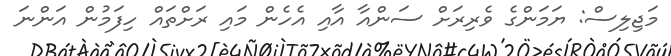
މަޖިލިސް: ޔަމަންގެ ވެރިރަށް ސަންއާ އާއި އެހެން މައި ރަށްތައް ހިފަމުން އަންނަ